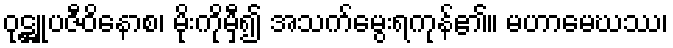
ဝုဋ္ဌူပဇီဝိနောစ၊ မိုးကိုမှီ၍ အသက်မွေးရကုန်၏။ မဟာမေဃဿ၊